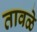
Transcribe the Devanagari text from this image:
तावळे